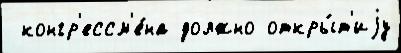
 конгр'ессм'е́на должно откры́т'иjу